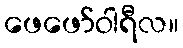
ဖေဖော်ဝါရီလ။